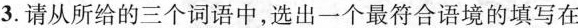
3.请从所给的三个词语中，选出一个最符合语境的填写在